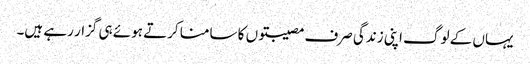
یہاں کے لوگ اپنی زندگی صرف مصیبتوں کا سامنا کرتے ہوئے ہی گزار رہے ہیں۔